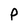
Character: p